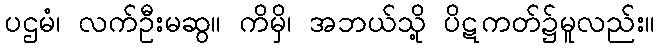
ပဌမံ၊ လက်ဦးမဆွ။ ကိမှိ၊ အဘယ်သို့ ပိဋကတ်၌မူလည်း။